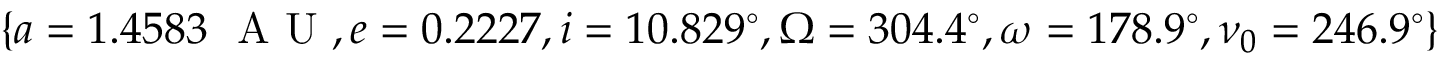
\{ a = 1 . 4 5 8 3 ~ \mathrm { ~ A ~ U ~ } , e = 0 . 2 2 2 7 , i = 1 0 . 8 2 9 ^ { \circ } , \Omega = 3 0 4 . 4 ^ { \circ } , \omega = 1 7 8 . 9 ^ { \circ } , \nu _ { 0 } = 2 4 6 . 9 ^ { \circ } \}